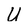
Character: U